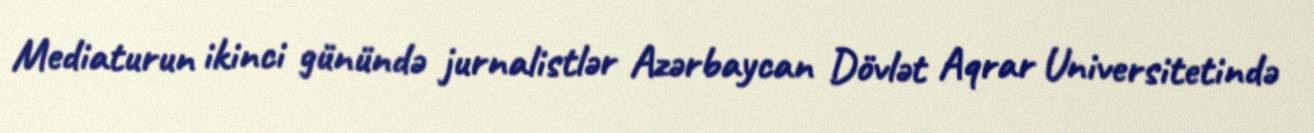
Mediaturun ikinci günündə jurnalistlər Azərbaycan Dövlət Aqrar Universitetində